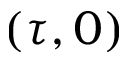
( \tau , 0 )